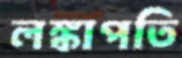
লঙ্কাপতি